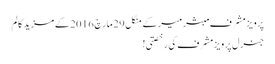
پرویز مشرف مبشر میر کے منگل 29 مارچ 2016 کے مزید کالم
جنرل پرویز مشرف کی رخصتی!